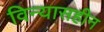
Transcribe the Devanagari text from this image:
विन्यासहीन